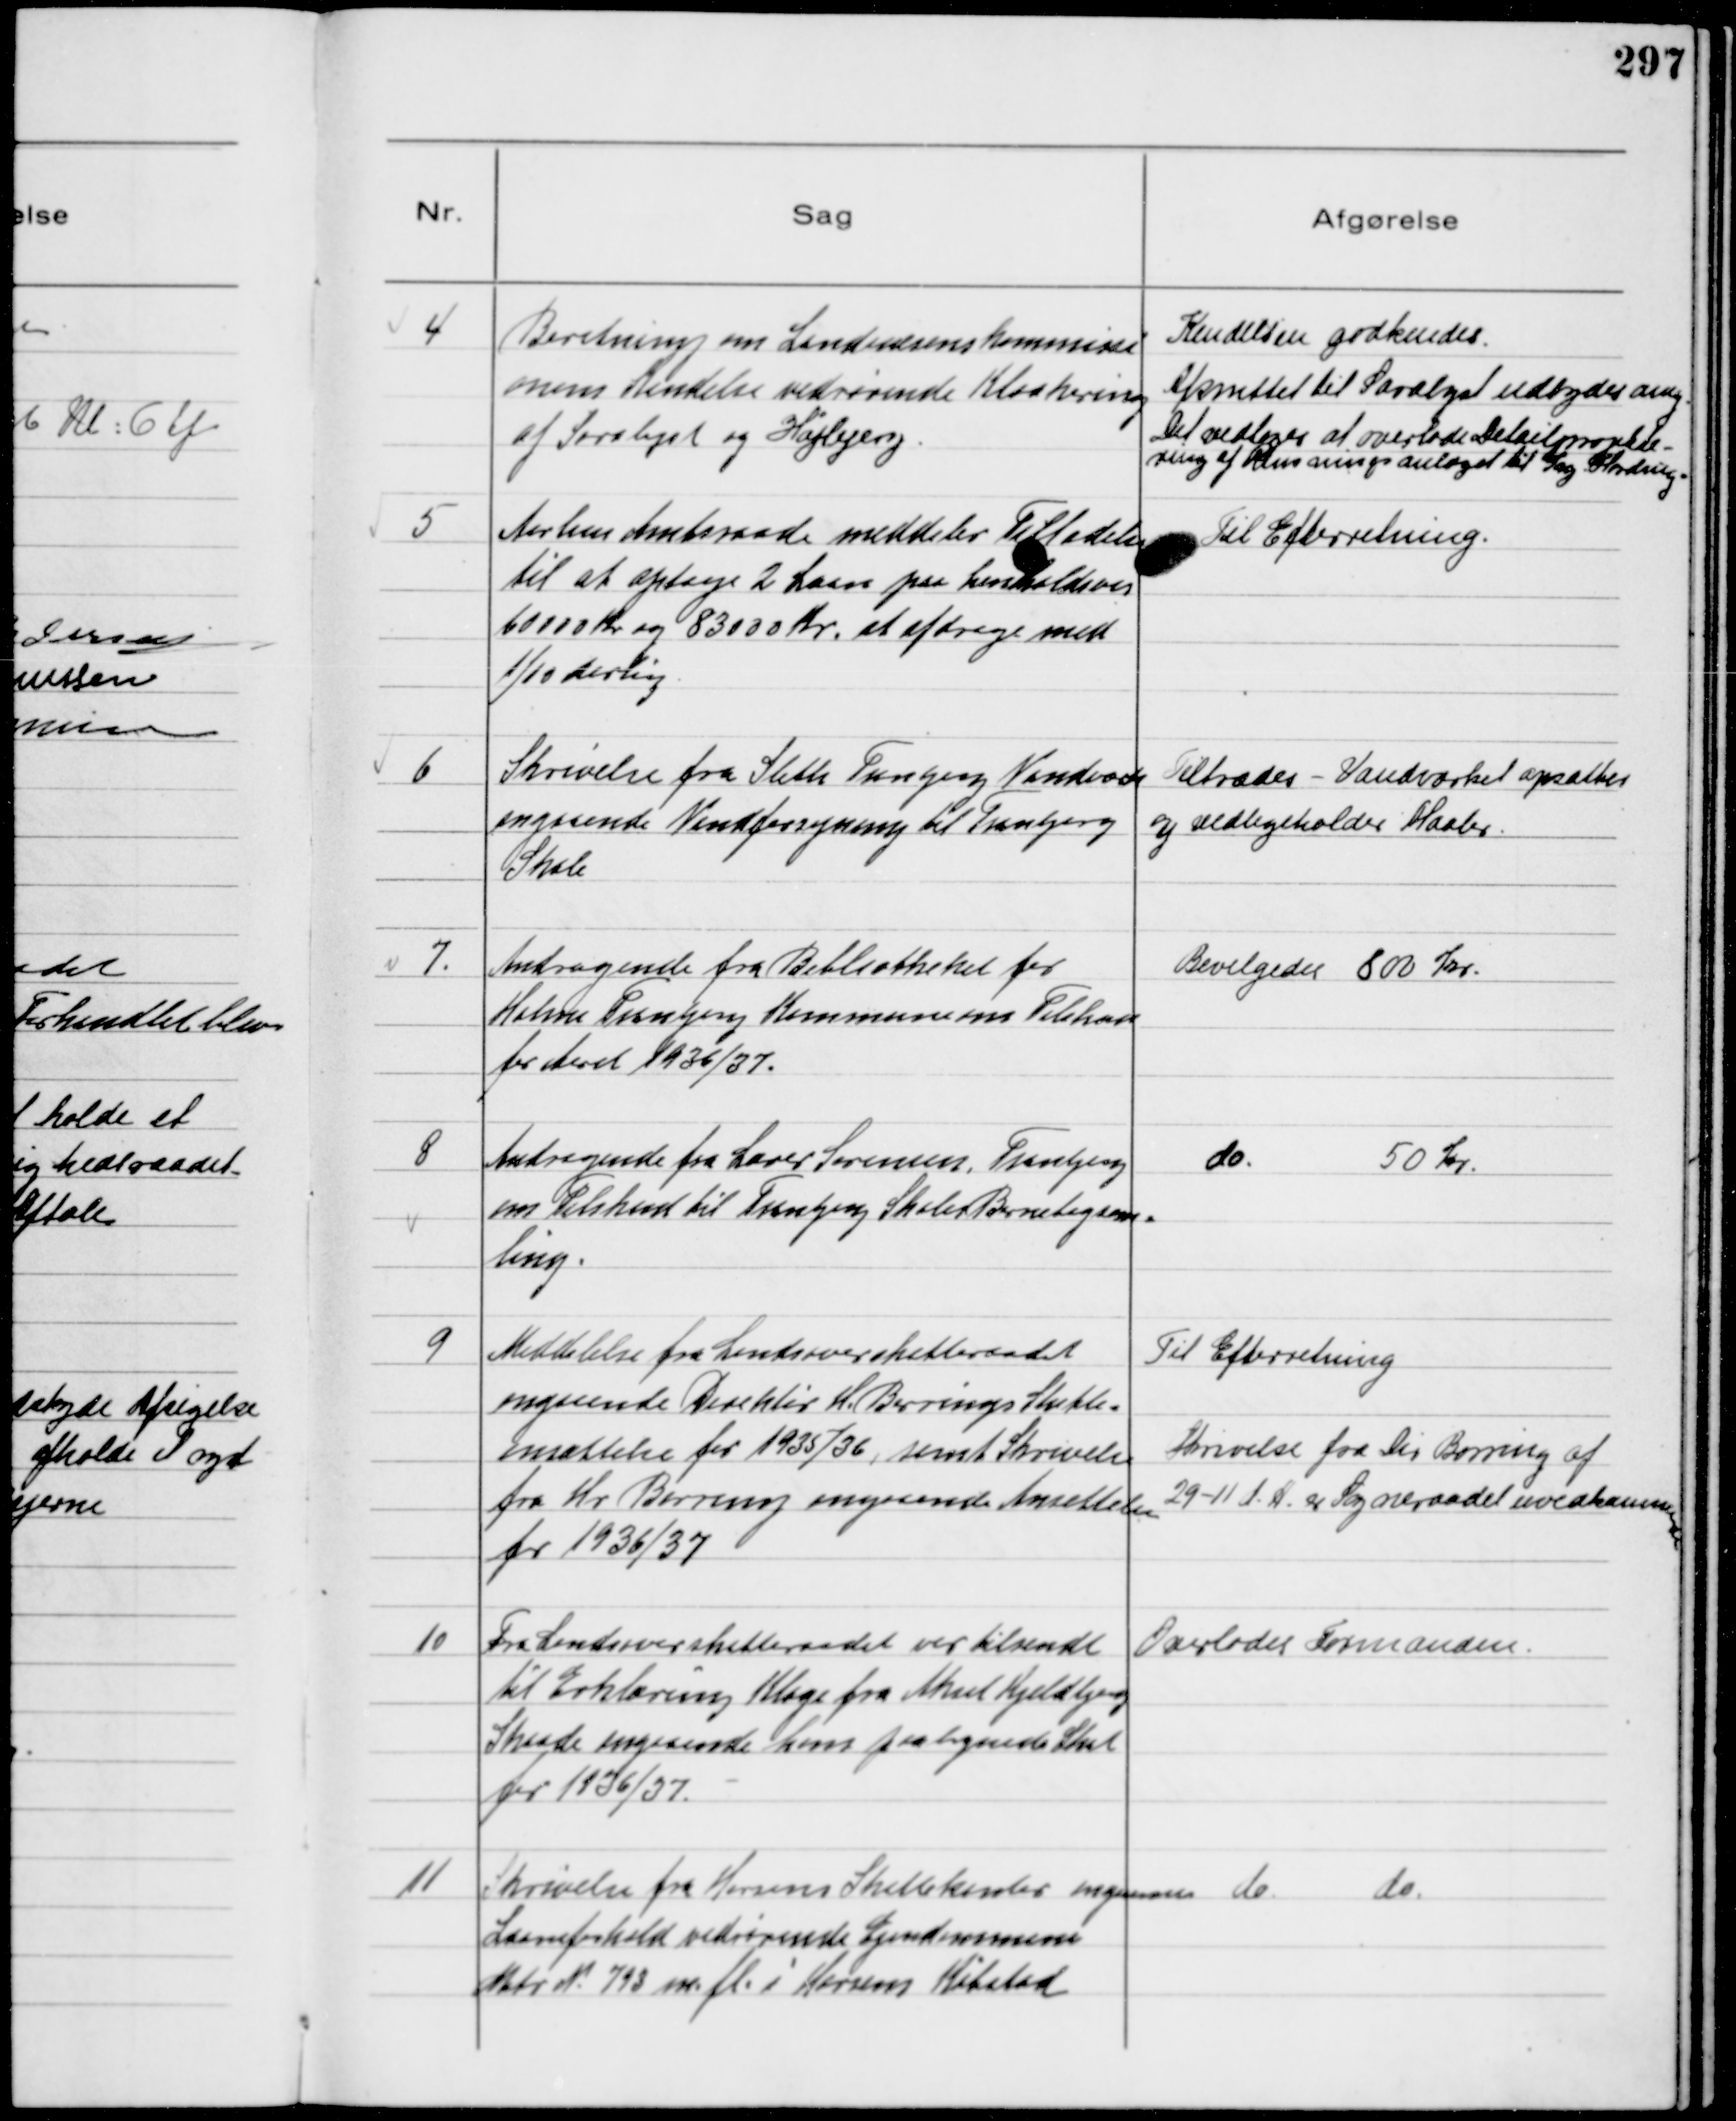
Transskription:
4
Beretning om Landvæsenskommissi
onens Kendelse vedrørende Kloakering
af Saralyst og Højbjerg.

Kendelsen godkendes.
Afsnittet til Saralyst udbydes omg.
Det vedtoges at overlade Detailmarke-
ring af Rensningsanlæget til Sag Harding

5
Aarhus Amtsraad meddeler Tilladelse
til at optage 2 Laan paa henholdsvis
60000 Kr og 83000 Kr. at afdrage med
⅒ Aarlig

Til Efterretning

6
Skrivelse fra Sleth Tranbjerg Vandværk
angaaende Vandforsyning til Tranbjerg
Skole

Tiltrædes - Vandværket opsætter
og vedligeholder Haabr

7
Andragende fra Bibliotheket for
Holme Tranbjerg Kommunens Tilskud
for Aaret 1936/37.

Bevilgedes 800 Kr.

8
Andragende fra Lærer Sørensen, Tranbjerg
om Tilskud til Tranbjerg Skoles Børnebogsam-
ling.

do. 50 Kr.

9
Meddelelse fra Landsoverskatteraadet
angaaende Direktør H. Berrings Skatte-
ansættelse for 1935/36, samt Skrivelse
fra Hr Berring angaaende Ansættelse
for 1936/37

Til Efterretning
Skrivelse fra Dir Berring af
29-11 d. A. er Sogneraadet uvedkommende

10
Fra Landsoverskatteraadet var tilsendt
til Erklæring Klage fra Aksel Kjeldbjerg
Skaade angaaende hans paalignede Skat
for 1936/37.

Overlodes Formanden.

11
Skrivelse fra Horsens Skattekontor angaaende
Laaneforhold vedrørende Ejendommene
Matr N. 793 m.fl. i Horsens Købstad

do. do.